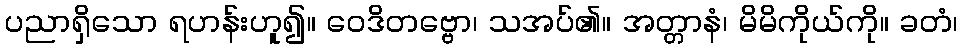
ပညာရှိသော ရဟန်းဟူ၍။ ဝေဒိတဗ္ဗော၊ သအပ်၏။ အတ္တာနံ၊ မိမိကိုယ်ကို။ ခတံ၊